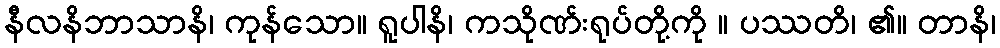
နီလနိဘာသာနိ၊ ကုန်သော။ ရူပါနိ၊ ကသိုဏ်းရုပ်တို့ကို ။ ပဿတိ၊ ၏။ တာနိ၊